Annual report of the Punjab Veterinary College and of the Civil Veterinary Department, Punjab - 1926-1932
Year: 1926
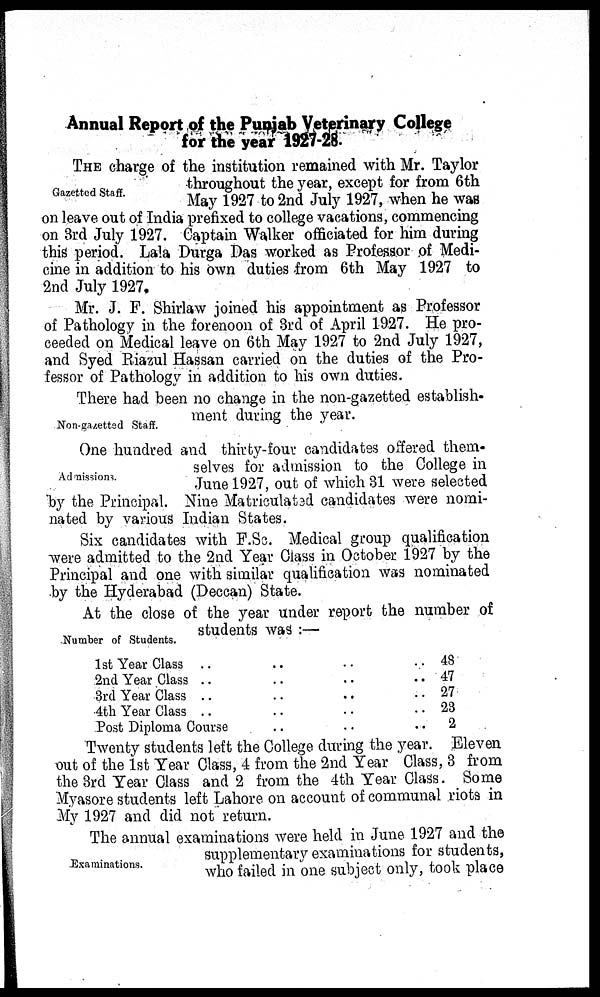
Annual Report of the Punjab Veterinary College
for the year 1927-28.
Gazetted Staff.
THE charge of the institution remained with Mr. Taylor
throughout the year, except for from 6th
May 1927 to 2nd July 1927, when he was
on leave out of India prefixed to college vacations, commencing
on 3rd July 1927. Captain Walker officiated for him during
this period. Lala Durga Das worked as Professor of Medi-
cine in addition to his own duties from 6th May 1927 to
2nd July 1927.
Mr. J. F. Shirlaw joined his appointment as Professor
of Pathology in the forenoon of 3rd of April 1927. He pro-
ceeded on Medical leave on 6th May 1927 to 2nd July 1927,
and Syed Riazul Hassan carried on the duties of the Pro-
fessor of Pathology in addition to his own duties.
Non-gazetted Staff.
There had been no change in the non-gazetted establish-
ment during the year.
Admissions.
One hundred and thirty-four candidates offered them-
selves for admission to the College in
June 1927, out of which 31 were selected
by the Principal. Nine Matriculated candidates were nomi-
nated by various Indian States.
Six candidates with F.Sc. Medical group qualification
were admitted to the 2nd Year Class in October 1927 by the
Principal and one with similar qualification was nominated
by the Hyderabad (Deccan) State.
-Number of Students.
At the close of the year under report the number of
students was :—
1st Year Class .. .. .. ..
2nd Year Class .. .. .. ..
3rd Year Class .. .. .. ..
4th Year Class .. .. .. ..
Post Diploma Course .. .. ..
48
47
27
23
2
Twenty students left the College during the year. Eleven
out of the 1st Year Class, 4 from the 2nd Year Class, 3 from
the 3rd Year Class and 2 from the 4th Year Class. Some
Myasore students left Lahore on account of communal riots in
My 1927 and did not return.
Examinations.
The annual examinations were held in June 1927 and the
supplementary examinations for students,
who failed in one subject only, took place